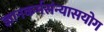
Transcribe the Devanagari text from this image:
ज्ञानकर्मसंन्यासयोग